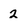
Character: 2